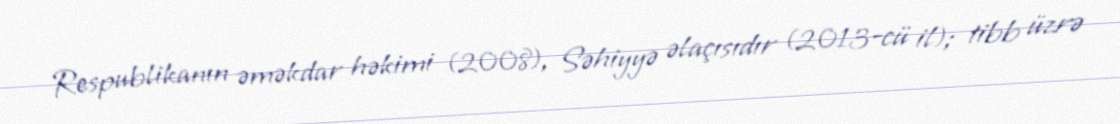
Respublikanın əməkdar həkimi (2008), Səhiyyə əlaçısıdır (2013-cü il); tibb üzrə